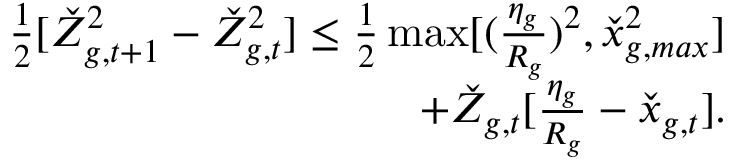
\begin{array} { r } { \frac { 1 } { 2 } [ \check { Z } _ { g , t + 1 } ^ { 2 } - \check { Z } _ { g , t } ^ { 2 } ] \leq \frac { 1 } { 2 } \operatorname* { m a x } [ ( \frac { \eta _ { g } } { R _ { g } } ) ^ { 2 } , \check { x } _ { g , m a x } ^ { 2 } ] } \\ { + \check { Z } _ { g , t } [ \frac { \eta _ { g } } { R _ { g } } - \check { x } _ { g , t } ] . } \end{array}